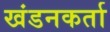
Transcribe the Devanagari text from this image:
खंडनकर्ता